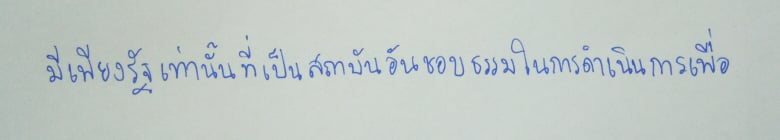
มีเพียงรัฐเท่านั้นที่เป็นสถาบันอันชอบธรรมในการดำเนินการเพื่อ